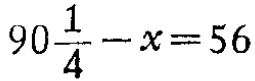
\(90\frac{1}{4}-x = 56\)